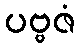
ပဗ္ဗဇံ